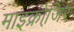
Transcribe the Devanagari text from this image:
माइक्रोजि़र